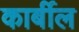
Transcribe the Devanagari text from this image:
कार्बील